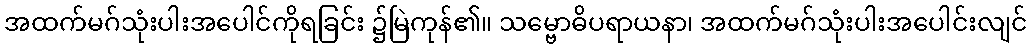
အထက်မဂ်သုံးပါးအပေါင်ကိုရခြင်း ၌မြဲကုန်၏။ သမ္ဗောဓိပရာယနာ၊ အထက်မဂ်သုံးပါးအပေါင်းလျင်